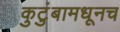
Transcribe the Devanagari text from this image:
कुटुंबामधूनच